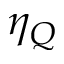
\eta _ { Q }